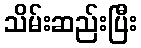
သိမ်းဆည်းပြီး